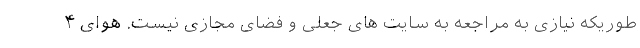
طوریکه نیازی به مراجعه به سایت های جعلی و فضای مجازی نیست. هوای ۴